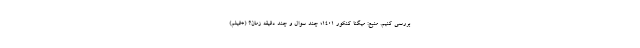
بررسی کنیم. منبع: میگنا کنکور ۱۴۰۱؛ چند سوال و چند دقیقه زمان؟ (+فیلم)